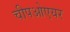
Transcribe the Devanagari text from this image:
चीपओएयर